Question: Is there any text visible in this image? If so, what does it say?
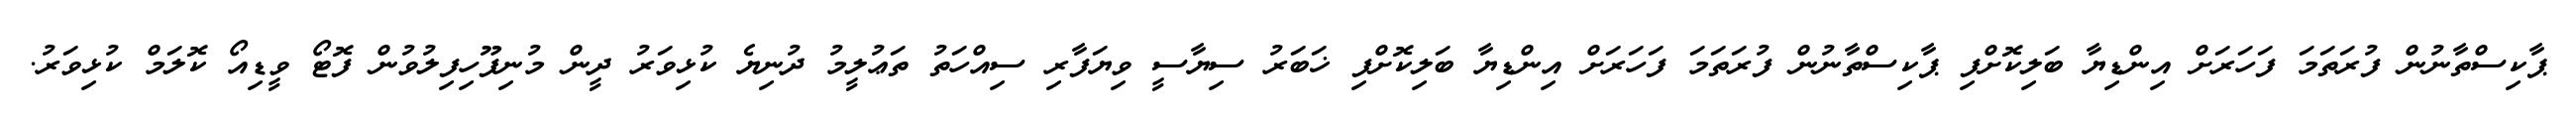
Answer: ޕާކިސްތާނުން ފުރަތަމަ ފަހަރަށް އިންޑިޔާ ބަލިކޮށްފި ޕާކިސްތާނުން ފުރަތަމަ ފަހަރަށް އިންޑިޔާ ބަލިކޮށްފި ޚަބަރު ސިޔާސީ ވިޔަފާރި ސިއްހަތު ތަޢުލީމު ދުނިޔެ ކުޅިވަރު ދީން މުނިފޫހިފިލުވުން ފޮޓޯ ވީޑިއޯ ކޮލަމް ކުޅިވަރު.